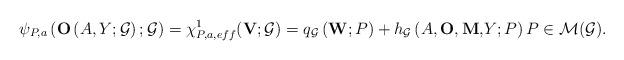
LaTeX: \begin{align*}\psi _{P,a}\left( \mathbf{O}\left( A,Y;\mathcal{G}\right);\mathcal{G} \right) =\chi _{P,a,eff}^{1}(\mathbf{V};\mathcal{G})=q_{\mathcal{G}}\left( \mathbf{W};P\right) +h_{\mathcal{G}}\left( A,\mathbf{O,M,}Y;P\right) P\in\mathcal{M(G)}.\end{align*}